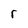
Character: r